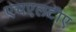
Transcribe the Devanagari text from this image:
एचएलटीए